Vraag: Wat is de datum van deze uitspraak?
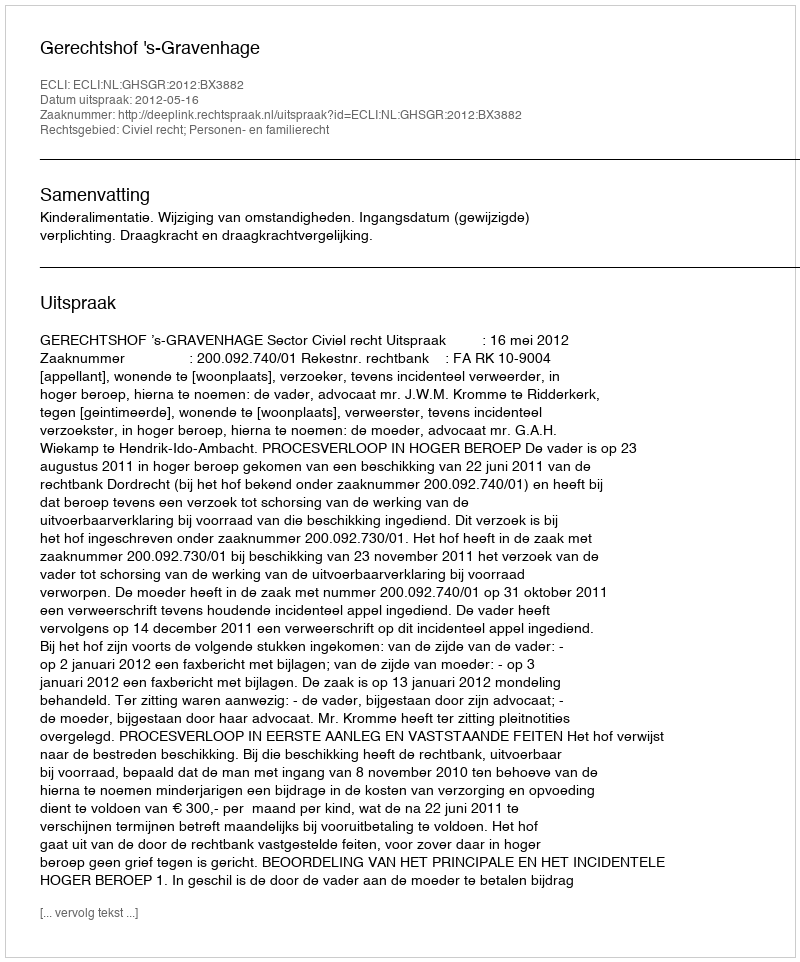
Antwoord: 2012-05-16